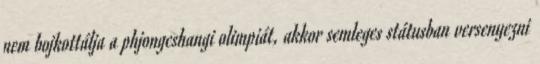
nem bojkottálja a phjongcshangi olimpiát, akkor semleges státusban versenyezni